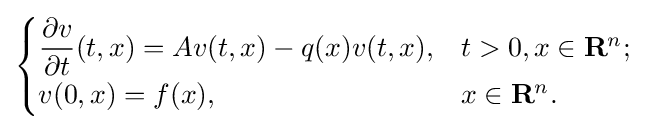
{\begin{cases}{\dfrac {\partial v}{\partial t}}(t,x)=Av(t,x)-q(x)v(t,x),&t>0,x\in \mathbf {R} ^{n};\\v(0,x)=f(x),&x\in \mathbf {R} ^{n}.\end{cases}}